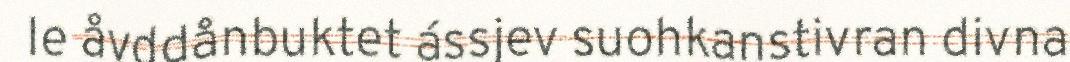
le åvddånbuktet ássjev suohkanstivran divna